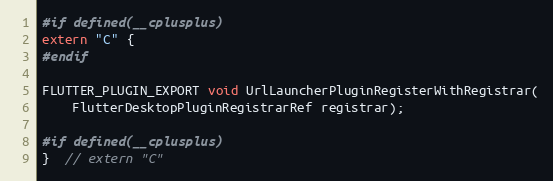
Language: C
#if defined(__cplusplus)
extern "C" {
#endif

FLUTTER_PLUGIN_EXPORT void UrlLauncherPluginRegisterWithRegistrar(
    FlutterDesktopPluginRegistrarRef registrar);

#if defined(__cplusplus)
}  // extern "C"